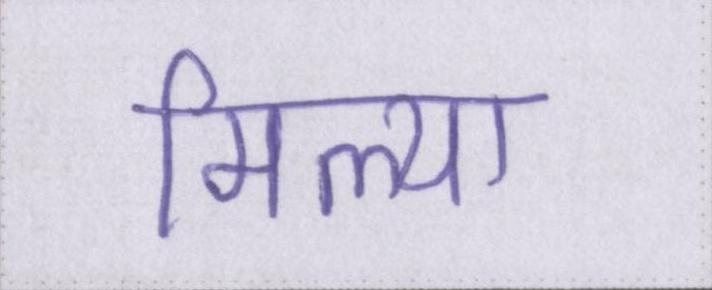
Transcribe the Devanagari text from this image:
मिल्या